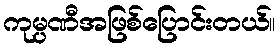
ကုမ္ပဏီအဖြစ်ပြောင်းတယ်။